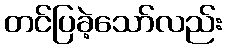
တင်ပြခဲ့သော်လည်း